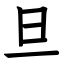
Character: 旦